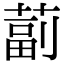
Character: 𦸕